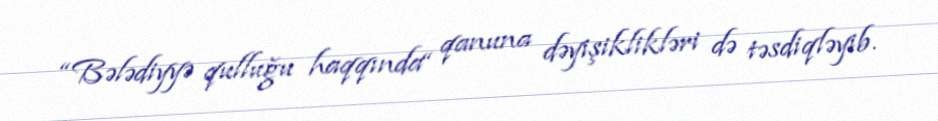
“Bələdiyyə qulluğu haqqında“ qanuna dəyişiklikləri də təsdiqləyib.